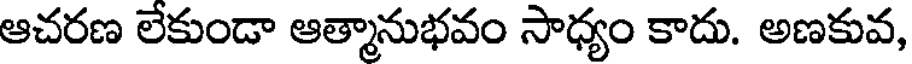
ఆచరణ లేకుండా ఆత్మానుభవం సాధ్యం కాదు. అణకువ,